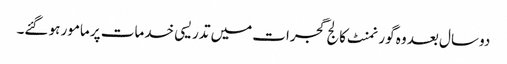
دو سال بعد وہ گورنمنٹ کالج گجرات میں تدریسی خدمات پر مامور ہو گئے۔